Medical and sanitary report of the native army of Madras for the year
Year: 1876
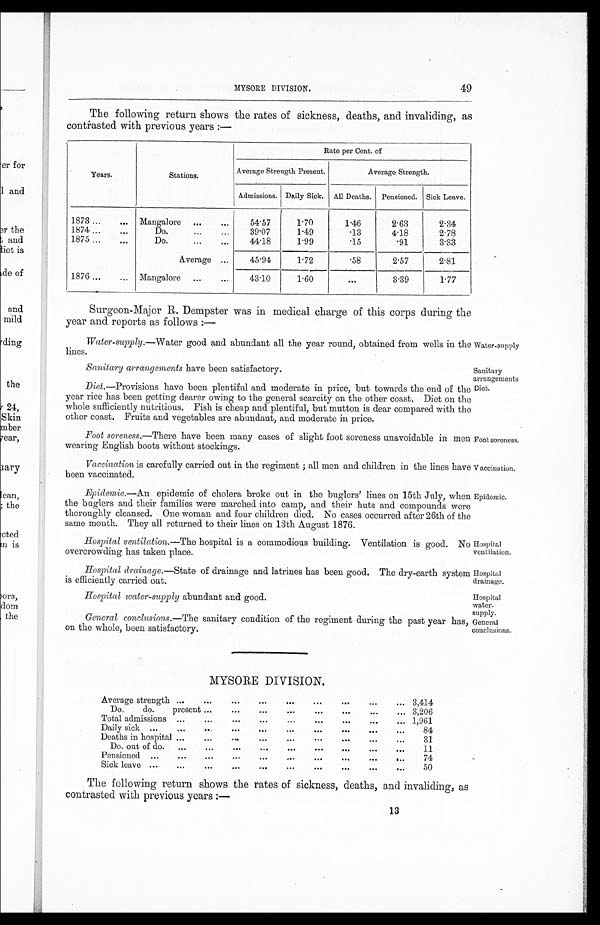
Sanitary arrangements have been satisfactory.
Sanitary
arrangements
Foot soreness.
Vaccination.
Epidemic.
Hospital
ventilation.
Hospital
drainage.
MYSORE DIVISION.
49
The following return shows the rates of sickness, deaths, and invaliding, as
contrasted with previous years :—
Years.
Stations.
Rate per Cent. of
Average Strength Present.
Average Strength.
Admissions. Daily Sick.
All Deaths.
Pensioned. Sick Leave.
1873 ...
...
Mangalore
...
...
54.57
1.70
1.46
2.63
2.34
1874 ...
...
Do.
...
...
39.07
1.49
.13
4.18
2.78
1875...
...
Do. ...
...
44.18
1.99
.15
.91
3.33
Average ...
45.94
1.72
.58
2.57
2.81
1876 ...
...
Mangalore
...
...
43.10
1.60
. . .
3.39
1.77
Surgeon-Major R. Dempster was in medical charge of this corps during the
year and reports as follows :—
Water-supply .—Water good and abundant all the year round, obtained from wells in the
lines.
Water-supply
Diet.
Diet .—Provisions have been plentiful and moderate in price, but towards the end of the
year rice has been getting dearer owing to the general scarcity on the other coast. Diet on the
whole sufficiently nutritious. Fish is cheap and plentiful, but mutton is dear compared with the
other coast. Fruits and vegetables are abundant, and moderate in price.
Foot soreness .—There have been many cases of slight foot soreness unavoidable in men
wearing English boots without stockings.
Vaccination is carefully carried out in the regiment ; all men and children in the lines have
been vaccinated.
Epidemic .—An epidemic of cholera broke out in the buglers’ lines on 15th July, when
the buglers and their families were marched into camp, and their huts and compounds were
thoroughly cleansed. One woman and four children died. No cases occurred after 26th of the
same month. They all returned to their lines on 13th August 1876.
Hospital ventilation.—The hospital is a commodious building. Ventilation is good. No
overcrowding has taken place.
Hospital drainage.—State of drainage and latrines has been good. The dry-earth syste
m is efficiently carried out.
Hospital
water-
supply.
Hospital water-supply abundant and good.
General conclusions .—The sanitary condition of the regiment during the past year has,
on the whole, been satisfactory.
General
conclusions.
MYSORE DIVISION.
Average strength ...
...
...
...
...
...
...
...
... 3,414
D o .
do.
present
...
... . . .
. . . . . . . . . . . . . . . ..
.
3,206
Total admissions
... ... ...
...... .........
... 1,961
Daily sick
... ... ...
. . .
. . .
. . .
. . .
. . .
. . .
84
Deaths in hospital ...
...
...
...
...
...
...
...
31
Do. out of do.
...
...
...
...
... ...
...
...
. . .
11
Pensioned ...
...
...
...
...
...
...
...
...
...
74
Sick leave ...
...
. . . . . .
. . . . . . . . .
. . .
. . .
. . .
50
The following return shows the rates of sickness, deaths, and invaliding, as
contrasted with previous years :—
13